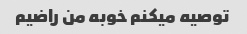
توصیه میکنم خوبه من راضیم